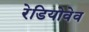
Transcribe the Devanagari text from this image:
रेडियोवेव